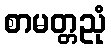
စာမတ္တညုံ